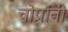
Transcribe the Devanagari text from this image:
चोप्रांनी